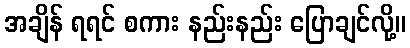
အချိန် ရရင် စကား နည်းနည်း ပြောချင်လို့။